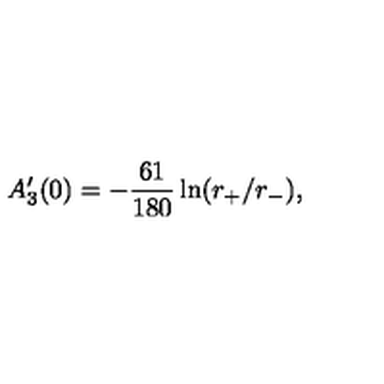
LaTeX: A _ { 3 } ^ { \prime } ( 0 ) = - { \frac { 6 1 } { 1 8 0 } } \ln ( r _ { + } / r _ { - } ) ,